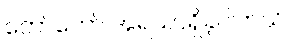
တော်တော် အရသာရှိခဲ့ပါတယ်။